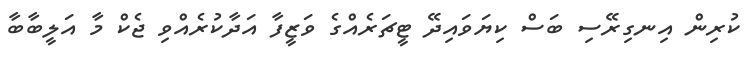
ކުރިން އިނގިރޭސި ބަސް ކިޔަވައިދޭ ޓީޗަރެއްގެ ވަޒީފާ އަދާކުރެއްވި ޖެކް މާ އަލީބާބާ